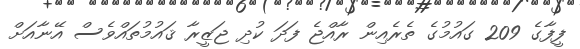
ފީފާގެ 209 ގައުމުގެ ތެރެއިން ރާއްޖެ ފަދަ ކުދި ޖަޒީރާ ޤައުމުތައްވެސް އޭނާއަށް